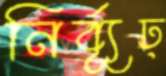
নির্ব্যূঢ়